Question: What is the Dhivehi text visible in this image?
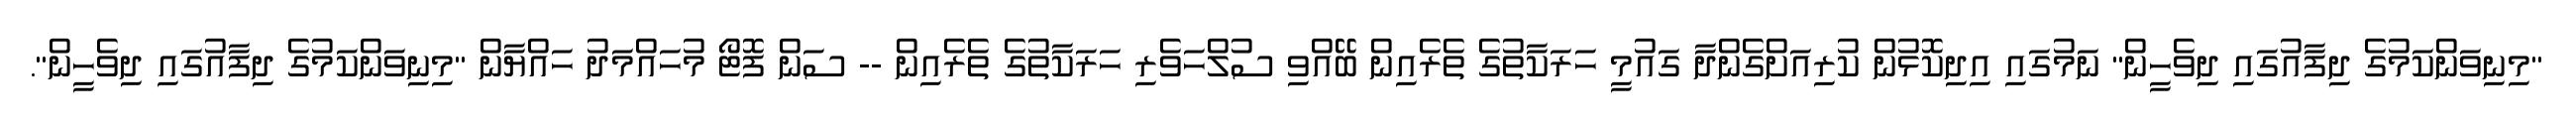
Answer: "މިނިވަންކަމުގެ ދިފާއުގައި ދިވެހީން" ނަމުގައި އިދިކޮޅުން ކުރިއަށްގެންދާ ގައުމީ ހަރަކާތުގެ ތެރެއިން ބޭއްވި ސުލްހަވެރި ހަރަކާތުގެ ތެރެއިން -- ސަން ފޮޓޯ މުހައްމަދު ހައްޔާން "މިނިވަންކަމުގެ ދިފާއުގައި ދިވެހީން".